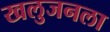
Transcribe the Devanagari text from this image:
खलुजनला